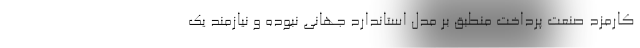
کارمزد صنعت پرداخت منطبق بر مدل استاندارد جهانی نبوده و نیازمند یک